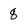
Character: q